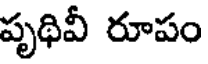
పృథివీ రూపం